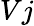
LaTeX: Vj